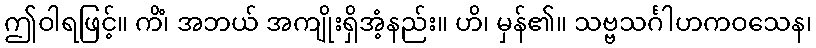
ဤဝါရဖြင့်။ ကိံ၊ အဘယ် အကျိုးရှိအံ့နည်း။ ဟိ၊ မှန်၏။ သဗ္ဗသင်္ဂါဟကဝသေန၊